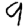
Digit: 9